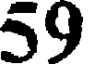
59